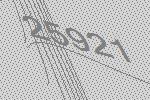
25921